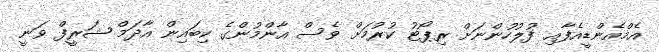
އެމްއެންޑީއެފާއި ފުލުހުންނަށް ރިޕޯޓު ކުރުމަށް ވެސް އާންމުންގެ ކިބައިން އާދަމް ޝަރީފް ވަނީ